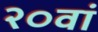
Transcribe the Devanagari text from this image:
२०वां